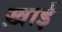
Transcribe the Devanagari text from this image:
ख़ाई